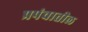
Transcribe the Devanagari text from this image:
प्रपंचातील